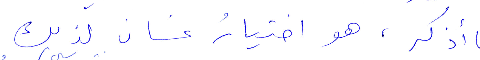
ما أذكر، هو اختيار غسان لذلك